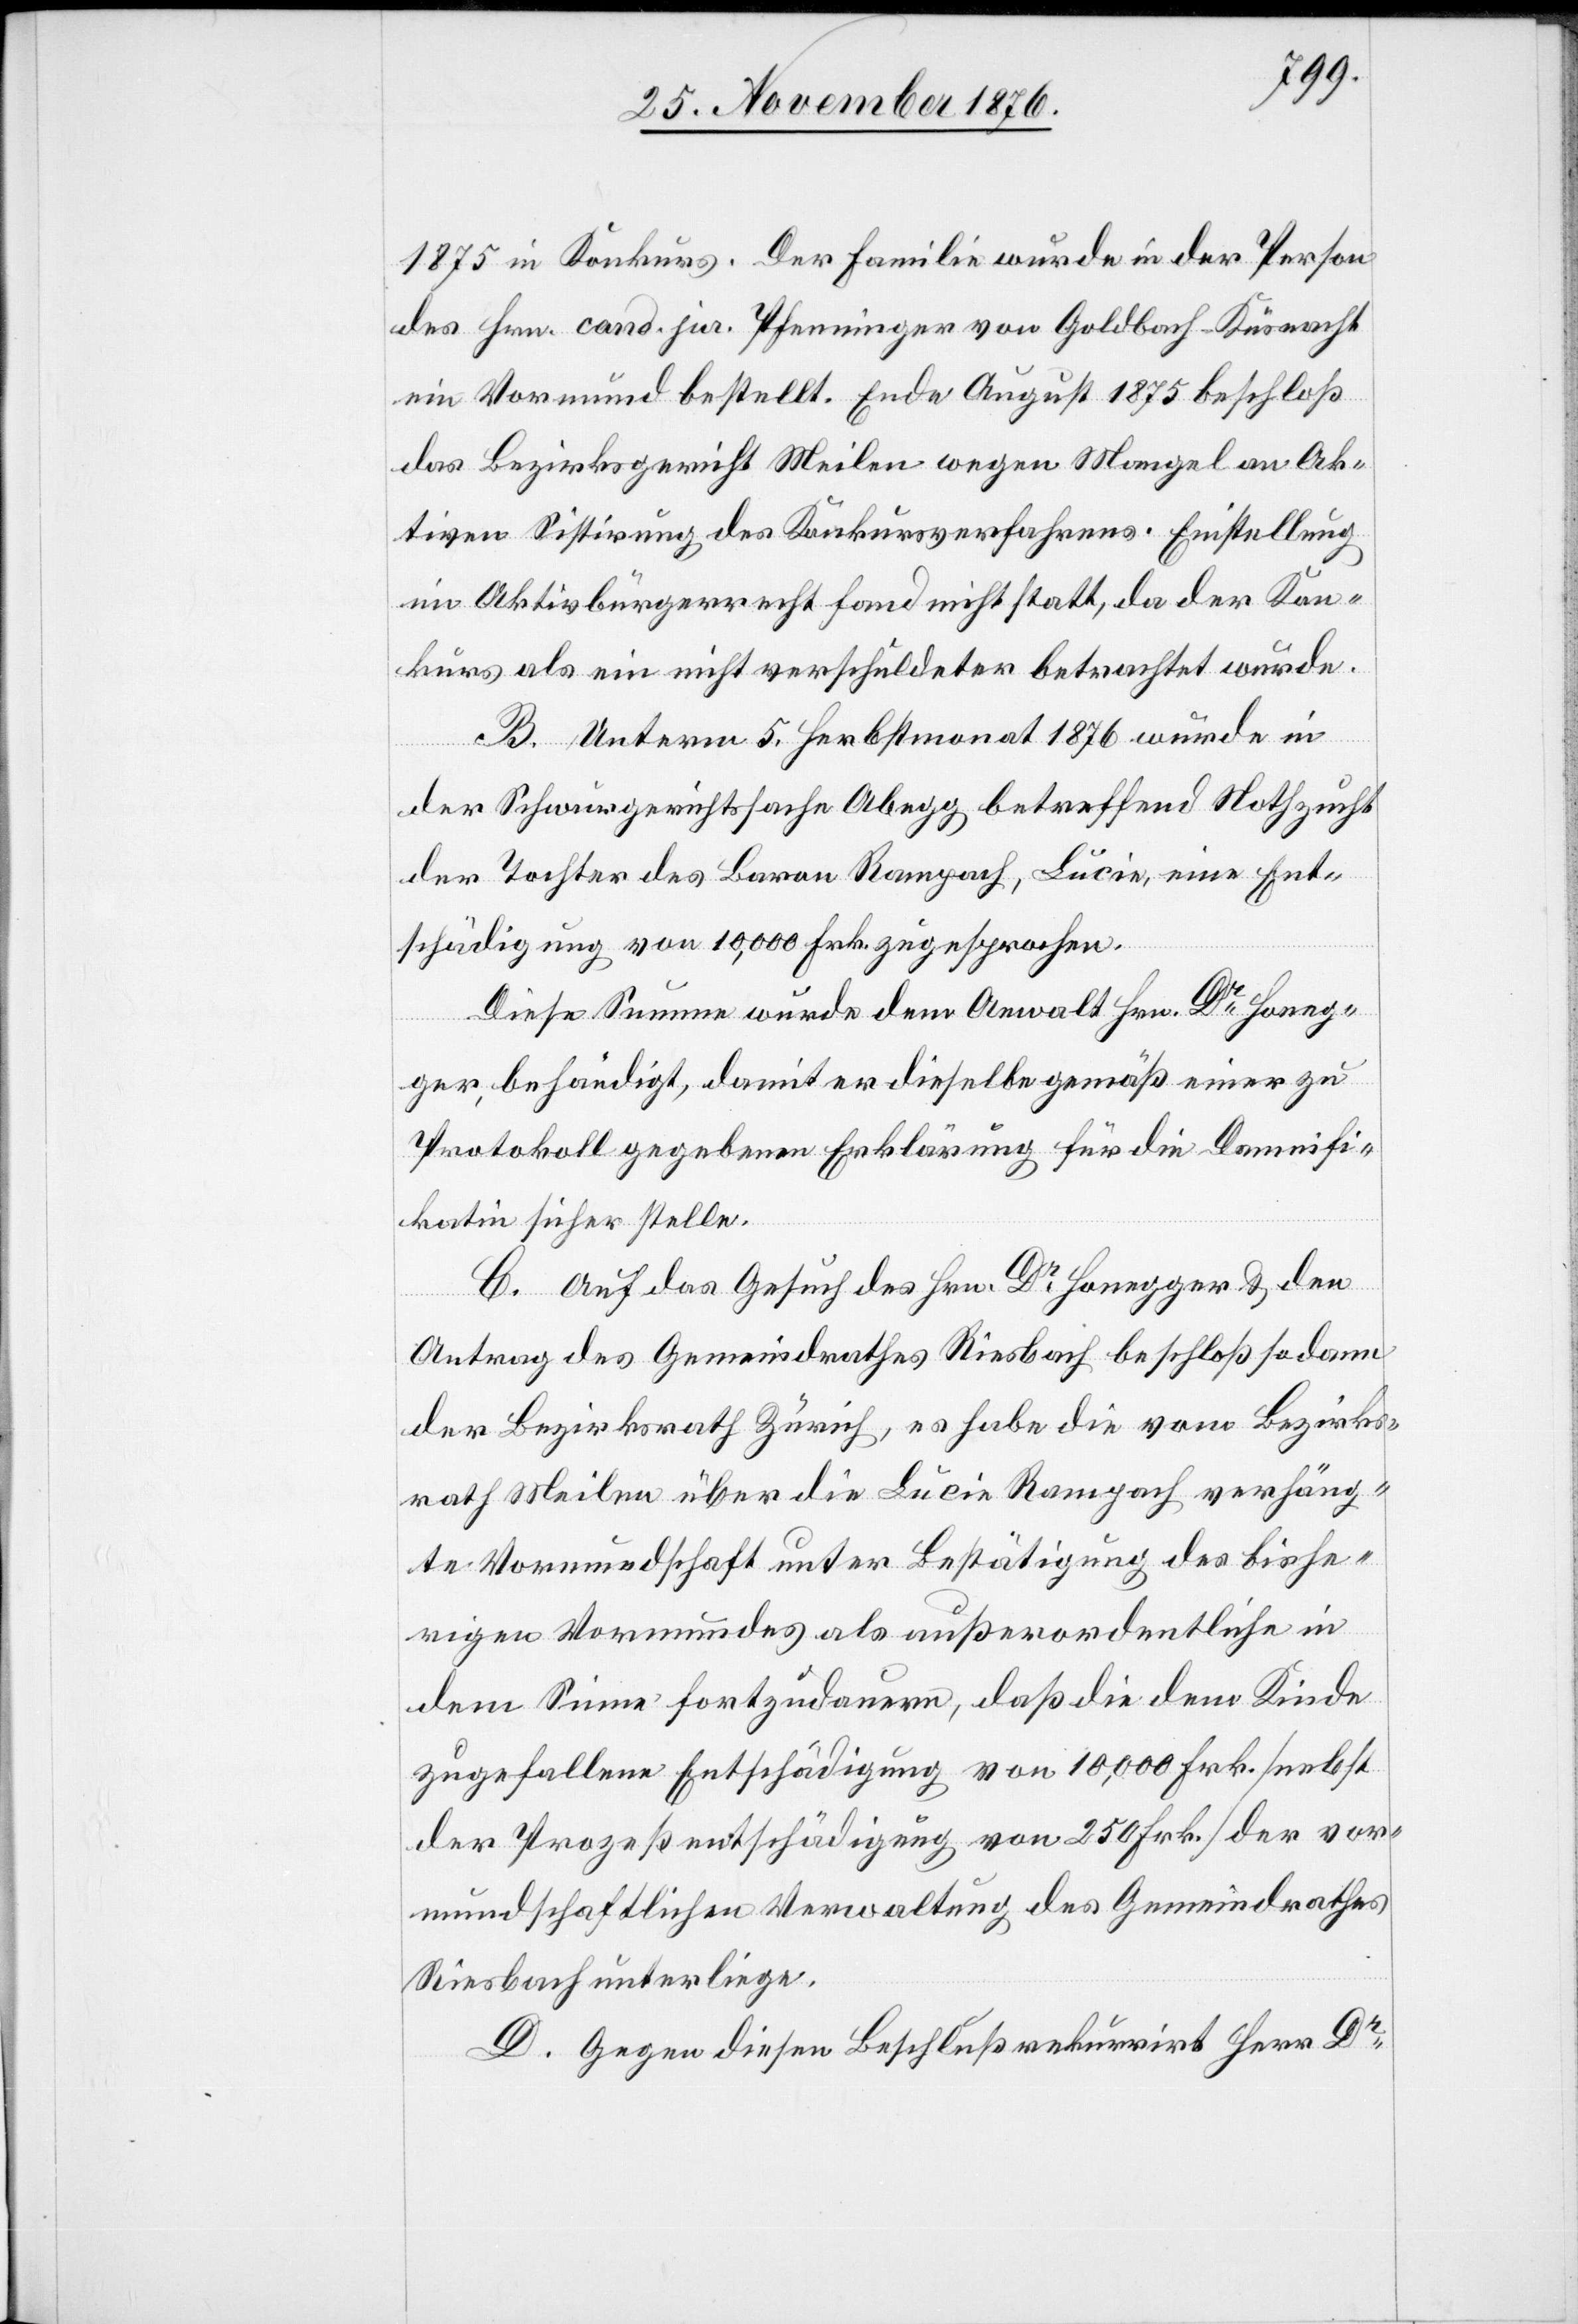
1875 in Konkurs. Der Familie wurde in der Person
des Hrn. cond. jur. Pfenninger von Goldbach - Küsnacht
ein Vormund bestellt. Ende August 1875 beschloß
das Bezirksgericht Meilen wegen Mangel an Ak¬
tiven Sistirung des Konkursverfahrens. Einstellung
im Aktivbürgerrecht fand nicht statt, da der Kon¬
kurs als ein nicht verschuldeter betrachtet wurde.
B. Unterm 5. Herbstmonat 1876 wurde in
der Schwurgerichtssache Abgegg betreffend Nothzucht
der Tochter des Baron Rampach, Lucie, eine Ent¬
schädigung von 10,000 Frk. zugesprochen.
Diese Summe wurde dem Anwalt Hrn. Dr Honeg¬
ger, behändigt, damit er dieselbe gemäß einer zu
Protokoll gegebenen Erklärung für die Damnifi¬
katin sicher stelle.
C. Auf das Gesuch des Hrn. Dr Honegger & den
Antrag des Gemeindrathes Riesbach beschloß sodann
der Bezirksrath Zürich, es habe die vom Bezirks¬
rath Meilen über die Lucie Rampach verhäng¬
te Vormundschaft unter Bestätigung des bishe¬
rigen Vormundes als außerordentliche in
dem Sinne fortzudauern, daß die dem Kinde
zugefallene Entschädigung von 10,000 Frk. [nebst
der Prozeßentschädigung von 250 Frk.] der vor¬
mundschaftlichen Verwaltung des Gemeindrathes
Riesbach unterliege.
D. Gegen diesen Beschluß rekurrirt Herr Dr